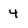
Character: 4